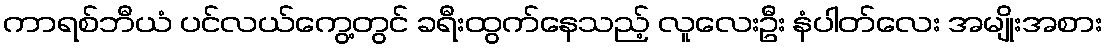
ကာရစ်ဘီယံ ပင်လယ်ကွေ့တွင် ခရီးထွက်နေသည့် လူလေးဦး နံပါတ်လေး အမျိုးအစား